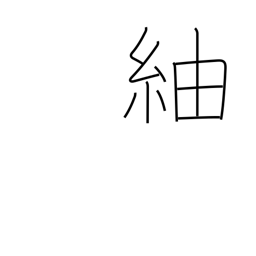
Meaning: pongee (a knotted silk cloth)